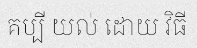
គប្បី យល់ ដោយ វិធី